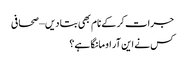
جرات کر کے نام بھی بتا دیں – صحافی
کس نے این آر او مانگا ہے؟